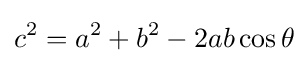
c^{2}=a^{2}+b^{2}-2ab\cos \theta